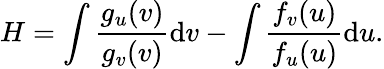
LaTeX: H=\int\frac{g_{u}(v)}{g_{v}(v)}\mathrm{d}v-\int\frac{f_{v}(u)}{f_{u}(u)}\mathrm{d}u.